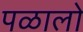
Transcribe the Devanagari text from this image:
पळालो